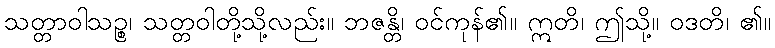
သတ္တာဝါသဉ္စ၊ သတ္တဝါတို့သို့လည်း။ ဘဇန္တိ၊ ဝင်ကုန်၏။ ဣတိ၊ ဤသို့။ ဝဒတိ၊ ၏။